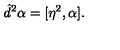
\hat { d } ^ { 2 } \alpha = [ \eta ^ { 2 } , \alpha ] .